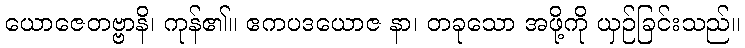
ယောဇေတဗ္ဗာနိ၊ ကုန်၏။ ဧကပဒယောဇ နာ၊ တခုသော အဖို့ကို ယှဉ်ခြင်းသည်။